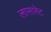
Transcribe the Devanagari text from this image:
लासारेट